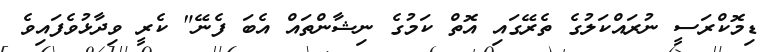
ޑިމޮކްރަސީ ނުރައްކަލުގެ ތެރޭގައި އޮތް ކަމުގެ ނިޝާންތައް އެބަ ފެނޭ" ކެރީ ވިދާޅުވެފައިވެ